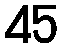
45